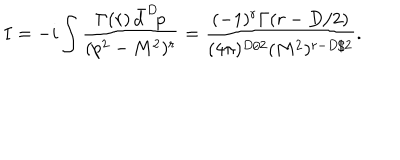
I = - i \int \frac { \Gamma ( r ) \, \bar { d } ^ { D } \! p } { ( p ^ { 2 } - M ^ { 2 } ) ^ { r } } = \frac { ( - 1 ) ^ { r } \Gamma ( r - D / 2 ) } { ( 4 \pi ) ^ { D / 2 } ( M ^ { 2 } ) ^ { r - D / 2 } } .